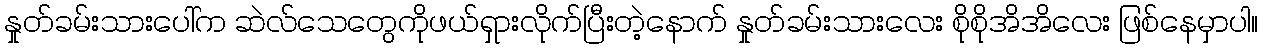
နှုတ်ခမ်းသားပေါ်က ဆဲလ်သေတွေကိုဖယ်ရှားလိုက်ပြီးတဲ့နောက် နှုတ်ခမ်းသားလေး စိုစိုအိအိလေး ဖြစ်နေမှာပါ။